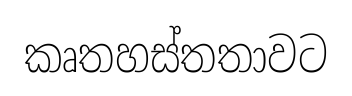
කෘතහස්තතාවට